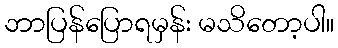
ဘာပြန်ပြောရမှန်း မသိတော့ပါ။